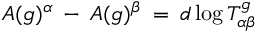
A ( g ) ^ { \alpha } \: - \: A ( g ) ^ { \beta } \: = \: d \log T _ { \alpha \beta } ^ { g }